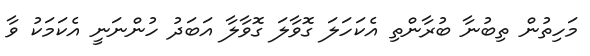
މަހިތުން ތިބުނާ ބުރާންތި އެކަހަލަ ގޮވާލަ ގޮވާލާ އަބަދު ހުންނަނީ އެކަމަކު ވާ